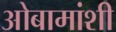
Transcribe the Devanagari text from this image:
ओबामांशी